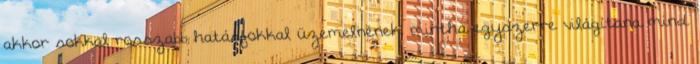
akkor sokkal rosszabb hatásfokkal üzemelnének, mintha egyszerre világítana mind